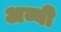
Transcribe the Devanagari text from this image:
अब्बी